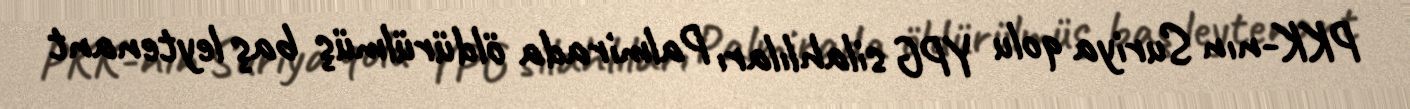
PKK-nın Suriya qolu YPG silahlıları Palmirada öldürülmüş baş leytenant